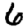
Digit: 6